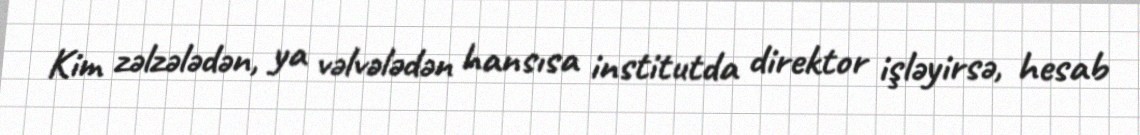
Kim zəlzələdən, ya vəlvələdən hansısa institutda direktor işləyirsə, hesab